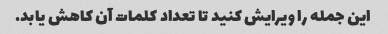
این جمله را ویرایش کنید تا تعداد کلمات آن کاهش یابد.